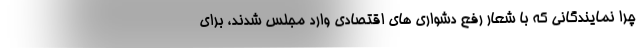
چرا نمایندگانی که با شعار رفع دشواری های اقتصادی وارد مجلس شدند، برای